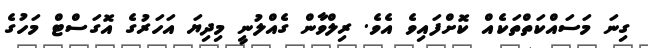
ގިނަ މަސައްކަތްތަކެއް ކޮށްފައިވެ އެވެ. ރިލްވާން ގެއްލުނީ މިދިޔަ އަހަރުގެ އޮގަސްޓް މަހުގެ